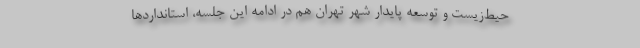
حیط‌زیست و توسعه پایدار شهر تهران هم در ادامه این جلسه، استانداردها